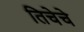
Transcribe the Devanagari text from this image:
तिचेचे